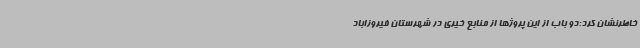
خاطرنشان کرد:دو باب از این پروژها از منابع خیری در شهرستان فیروزاباد